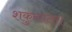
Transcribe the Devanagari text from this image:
शकुन्तला।